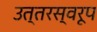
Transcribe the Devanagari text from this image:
उत्तरस्वरूप